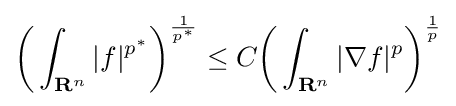
{\biggl (}\int _{\mathbf {R} ^{n}}\vert f\vert ^{p^{*}}{\biggr )}^{\frac {1}{p^{*}}}\leq C{\biggl (}\int _{\mathbf {R} ^{n}}\vert \nabla f\vert ^{p}{\biggr )}^{\frac {1}{p}}